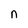
Character: n